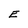
Character: E